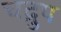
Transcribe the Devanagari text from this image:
चद्रुप